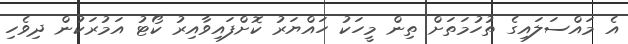
އެ މައްސަލައިގެ ތުހުމަތަށް ތިން މީހަކު ހައްޔަރު ކޮށްފައިވާއިރު ކޯޓު އަމުރަކުން ދިވެހި